Civil Veterinary Dept. Bombay admin report 1923-31 - 1923-1931
Year: 1923
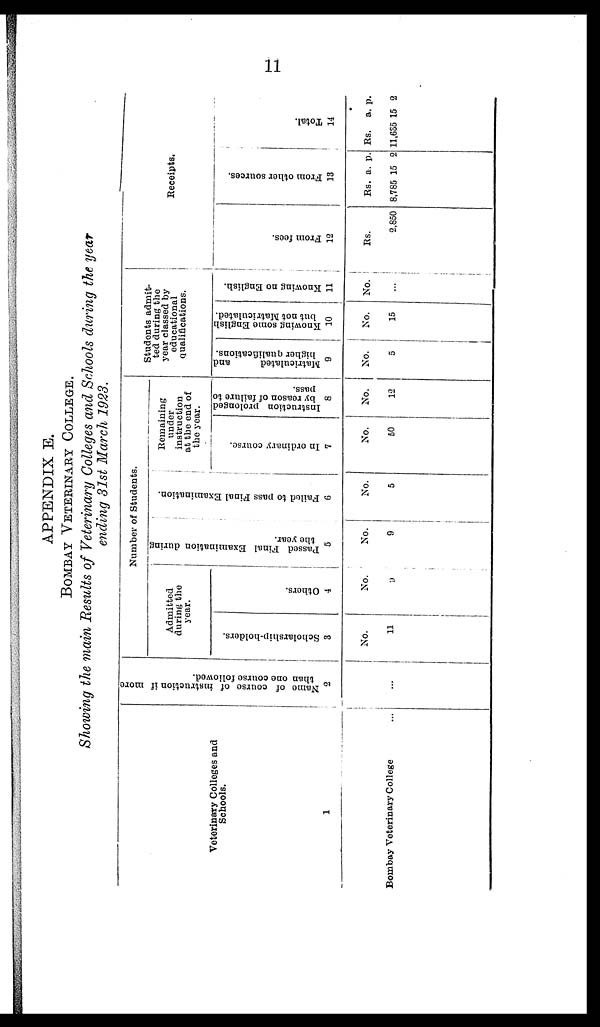
11
APPENDIX E.
BOMBAY VETERINARY COLLEGE.
Showing the main Results of Veterinary Colleges and Schools during the year
ending 31st March 1923.
Veterinary Colleges and
Schools.
1
Bombay Veterinary College ...
Name
of course of instruction if more
than one course followed.
2
...
Number of Students.
Admitted
during the
year.
Scholarship-holders.
3
No.
11
Others.
4
No.
9
Passed Final Examination during
the year.
5
No.
9
Failed to pass Final Examination.
6
No.
5
Remaining
under
instruction
at the end of
the year.
In ordinary course.
7
No.
60
Instruction prolonged
by reason of failure to
pass.
8
No.
12
Students admit-
ted during the
year classed by
educational
qualifications.
Matriculated
and
higher qualifications.
9
No.
5
Knowing some English
but not Matriculated.
10
No.
16
Knowing no English.
11
No.
...
Receipts.
Prom fees.
12
Rs.
2,860
Fr om ot her s our ces .
13
Rs.
8,785
a.
15
p.
2
Tot al .
14
Rs.
11,635
a.
15
p.
2